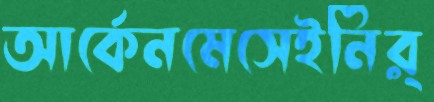
আর্কেনমেসেইনির্